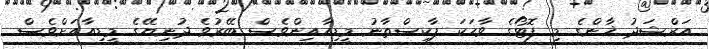
އަރްޝަދު ޚާންގެ މި ފޮޓޯގެ ވާހަކަ ޕާކިސްތާނު މީޑިއާއިންވެސް ބޭރުވެ ދުނިޔޭގެ މީޑިއާއަށްވެސް